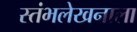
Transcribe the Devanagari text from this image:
स्तंभलेखनाला